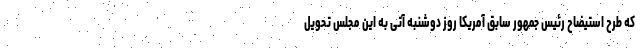
که طرح استیضاح رئیس جمهور سابق آمریکا روز دوشنبه آتی به این مجلس تحویل